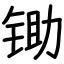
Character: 锄